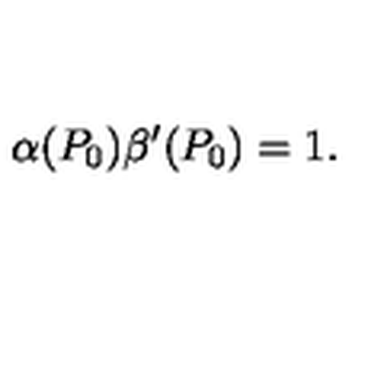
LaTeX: \alpha ( P _ { 0 } ) \beta ^ { \prime } ( P _ { 0 } ) = 1 .